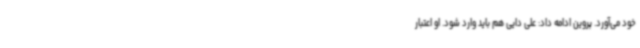
خود می‌آورد. پروین ادامه داد: علی دایی هم باید وارد شود. او اعتبار